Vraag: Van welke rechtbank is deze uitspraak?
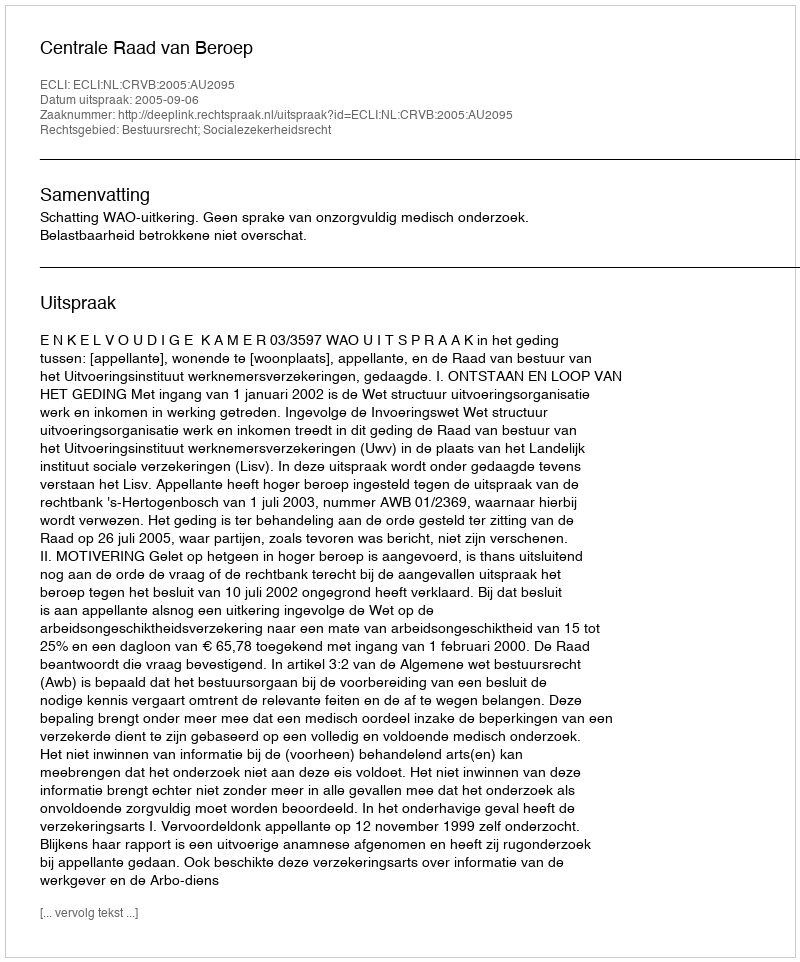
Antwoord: Centrale Raad van Beroep